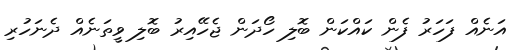
އަނެއް ފަހަރު ފެން ކައްކަން ބޮލި ހޯދަން ޖެހޭއިރު ބޮލި ވީތަނެއް ދެނަހުރި